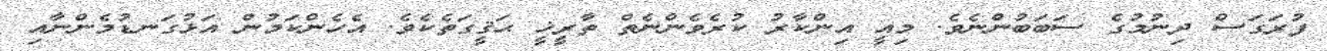
ފުރަގަސް ދިނުމުގެ ސަބަބުންނެވެ. މިއީ އިންކާރު ކުރެވެންނެތް ތާރީޚީ ޙަޤީގަތެކެވެ. އެހެންކަމުން އަޅުގަނޑުމެންނާއި